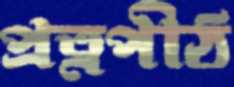
প্রত্নপীঠ